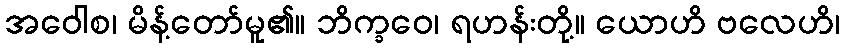
အဝေါစ၊ မိန့်တော်မူ၏။ ဘိက္ခဝေ၊ ရဟန်းတို့။ ယောဟိ ဗလေဟိ၊